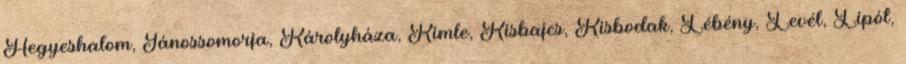
Hegyeshalom, Jánossomorja, Károlyháza, Kimle, Kisbajcs, Kisbodak, Lébény, Levél, Lipót,